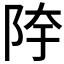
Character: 𱀍